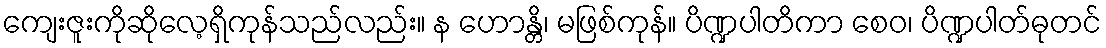
ကျေးဇူးကိုဆိုလေ့ရှိကုန်သည်လည်း။ န ဟောန္တိ၊ မဖြစ်ကုန်။ ပိဏ္ဍပါတိကာ စေဝ၊ ပိဏ္ဍပါတ်ဓုတင်